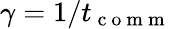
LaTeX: \gamma=1/t_{\mathrm{~c~o~m~m~}}